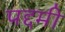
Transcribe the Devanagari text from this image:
पद्दमी